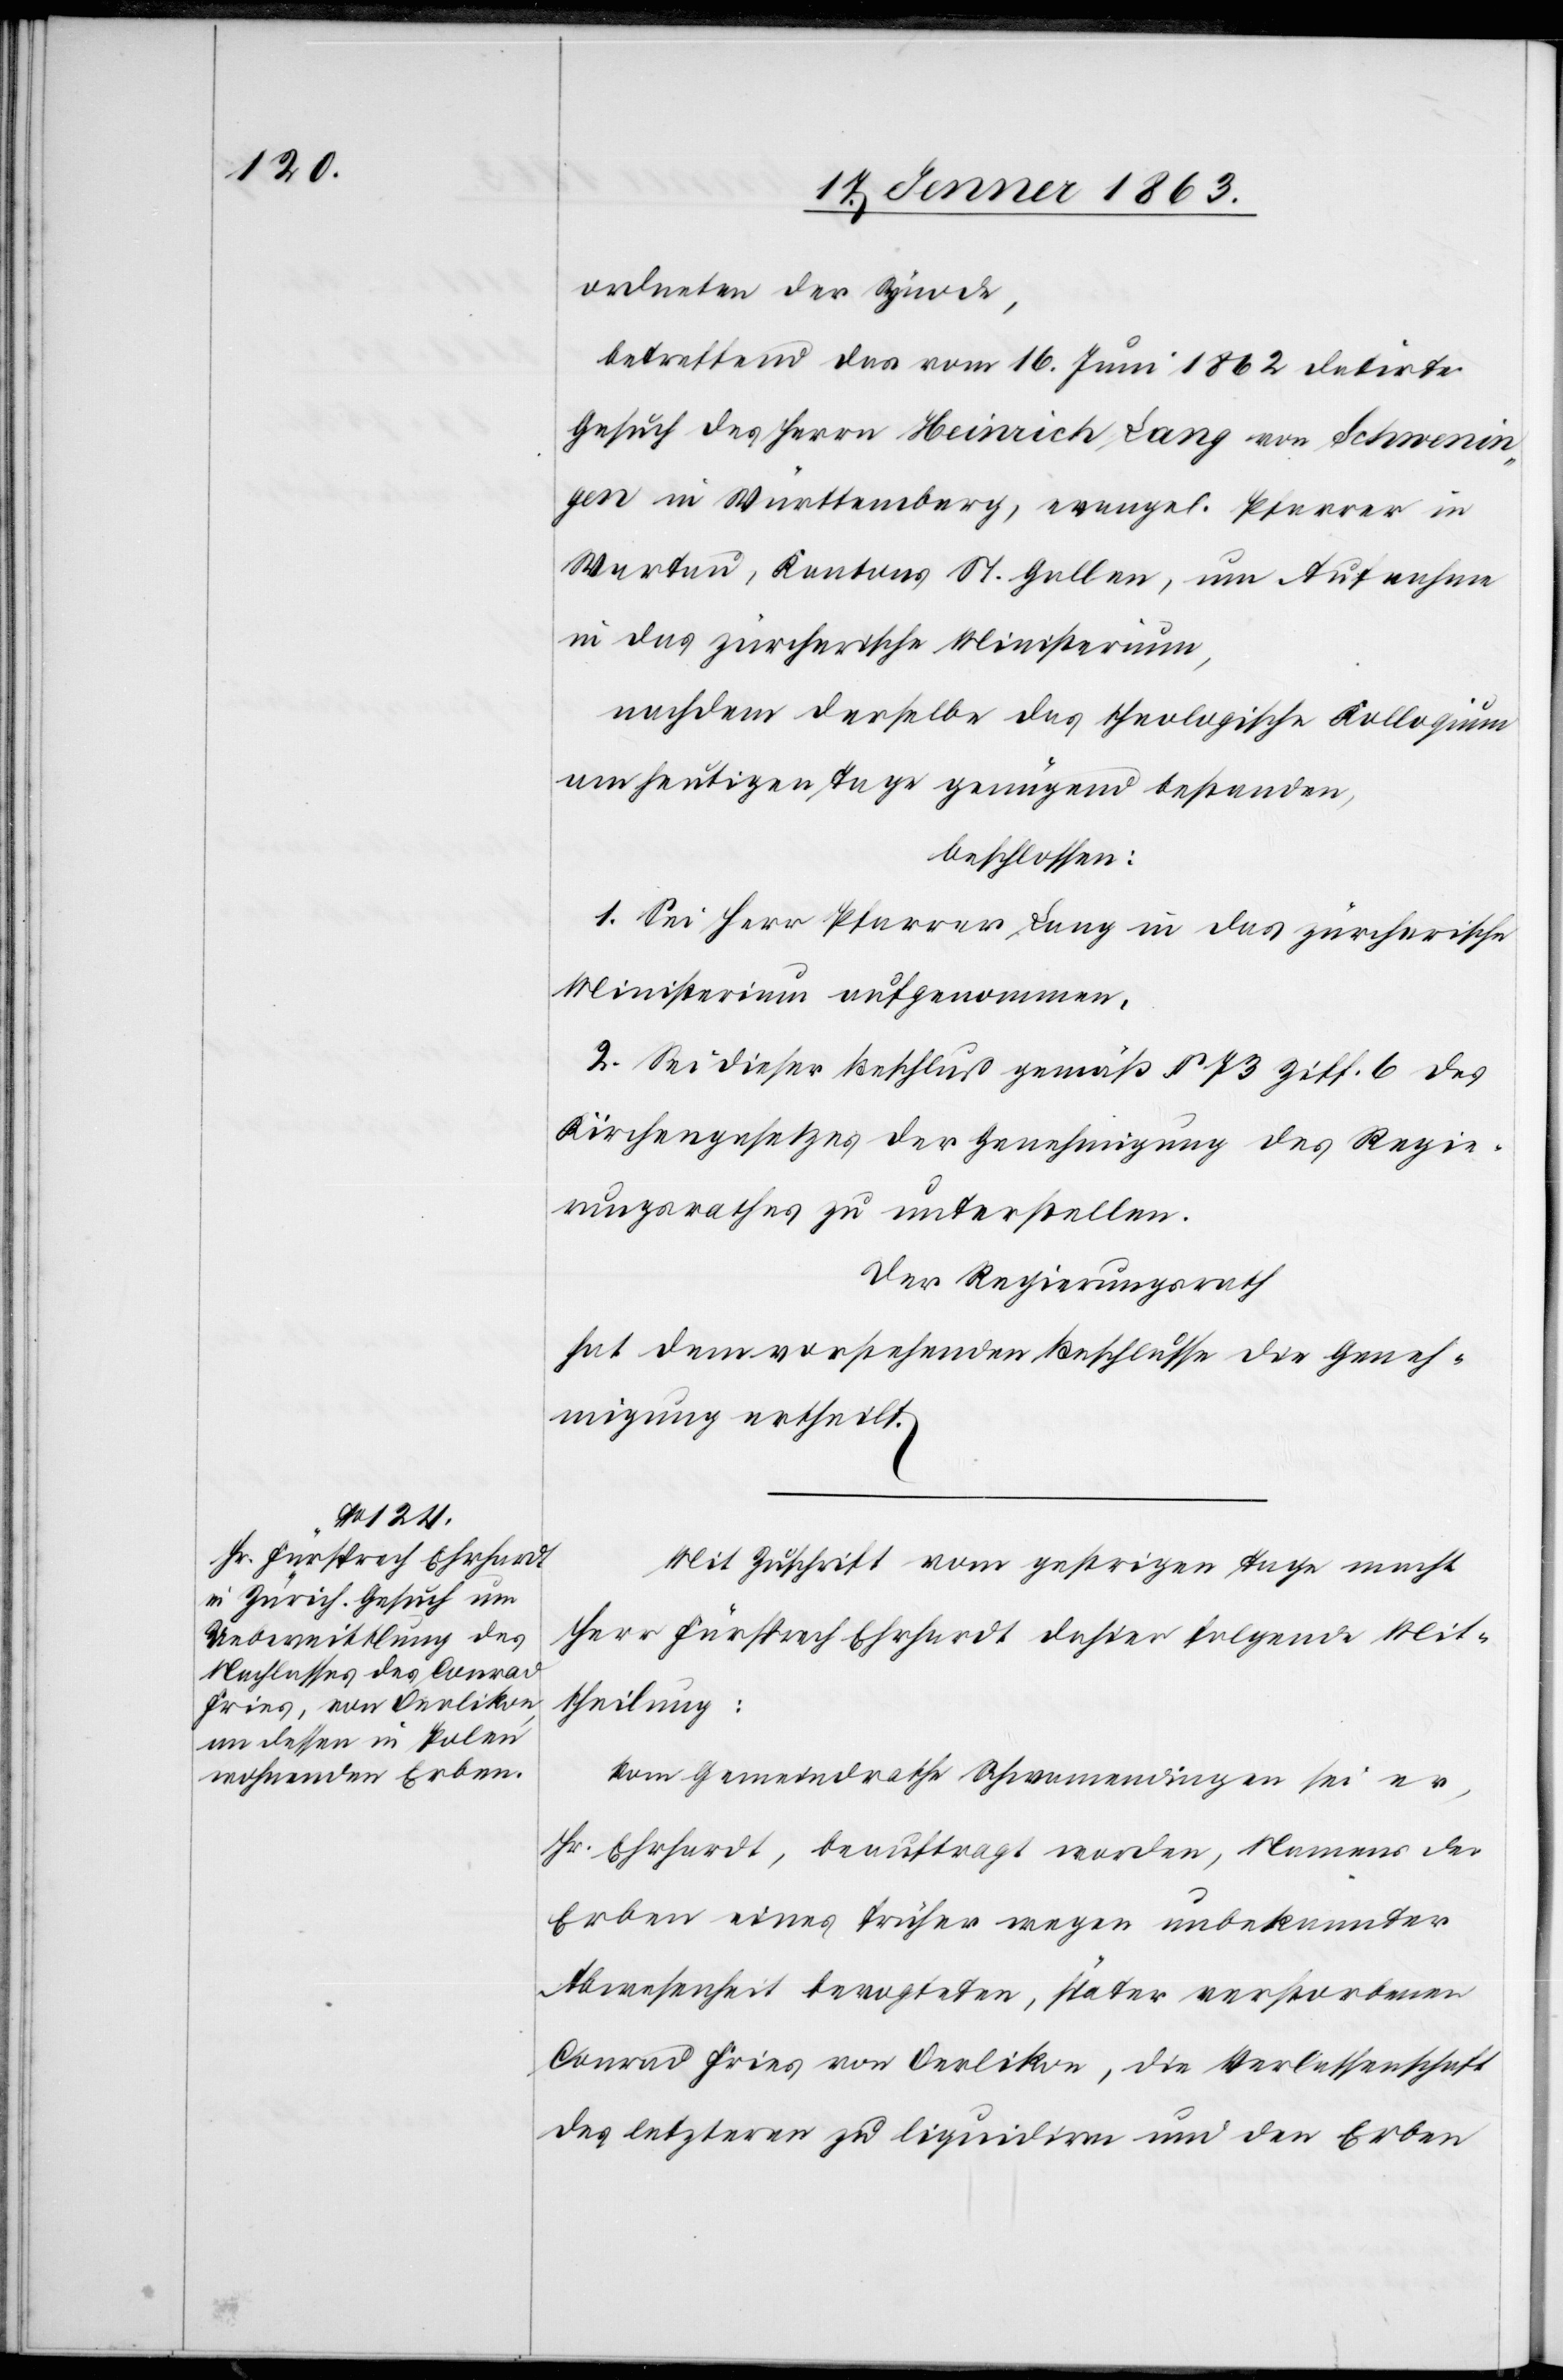
ordneten der Synode,
betreffend das vom 16. Juni 1862 datirte
Gesuch des Herrn Heinrich Lang von Schwenin¬
gen in Württemberg, evangel. Pfarrer in
Wartau, Kantons St. Gallen, um Aufnahme
in das zürcherische Ministerium,
nachdem derselbe das theologische Kolloqium
am heutigen Tage genügend bestanden,
beschlossen:
1. Sei Herr Pfarrer Lang in das zürcherische
Ministerium aufgenommen.
2. Sei dieser Beschluß gemäß § 73 Ziff. 6 des
Kirchengesetzes der Genehmigung des Regie¬
rungsrathes zu unterstellen.
Der Regierungsrath
hat dem vorstehenden Beschlusse die Geneh¬
migung ertheilt.
Mit Zuschrift vom gestrigen Tage macht
Herr Fürsprech Ehrhardt dahier folgende Mit¬
theilung:
Vom Gemeindrathe Schwamendingen sei er,
Hr. Ehrhardt, beauftragt worden, Namens der
Erben eines früher wegen unbekannter
Abwesenheit bevogteten, später verstorbenen
Conrad Fries von Oerlikon, die Verlassenschaft
des letzteren zu liquidiren und den Erben